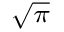
\scriptstyle { \sqrt { \pi } }